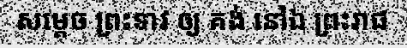
សម្តេច ព្រះទាវ ឲ្យ គង់ នៅឯ ព្រះរាជ